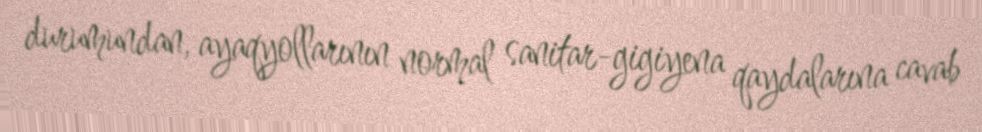
durumundan, ayaqyollarının normal sanitar-gigiyena qaydalarına cavab